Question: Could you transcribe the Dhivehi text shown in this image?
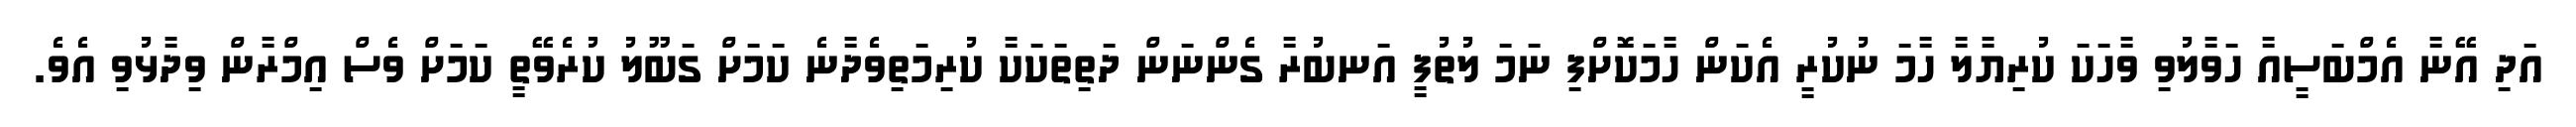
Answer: އަދި އޭނާ އެމްބަސީއާ ހަވާލުވި ވާހަކަ ކުރިޔާލާ ހާމަ ނުކުރީ އެކަން ހާމަކޮށްފި ނަމަ ލުތުފީ އަނބުރާ ގެންނަން ދަތިތަކަކާ ކުރިމަތިވެދާނެ ކަމަށް ގަބޫލު ކުރެވޭތީ ކަމަށް ވެސް އިމްރާން ވިދާޅުވި އެވެ.